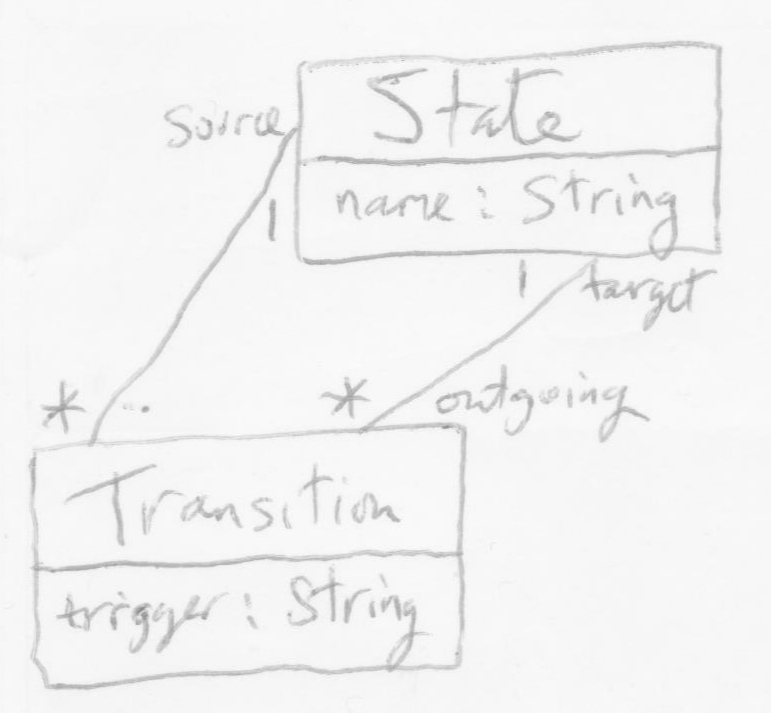
Diagram type: class_diagram
```plantuml
@startuml

class State {
  name: String
}

class Transition {
  trigger: String
}

Transition "ongoing *" -- "target 1" State
State "Source 1" -- "*" Transition

@enduml
```